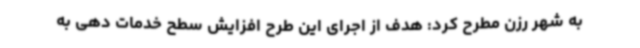
به شهر رزن مطرح کرد: هدف از اجرای این طرح افزایش سطح خدمات دهی به